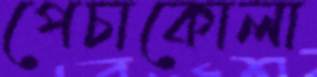
পেচাকোলা